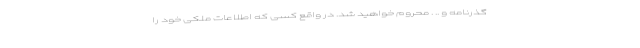
گذرنامه و .. . محروم خواهید شد. در واقع کسی که اطلاعات ملکی خود را